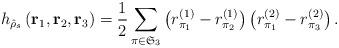
LaTeX: \begin{align*} h_{\hat{\rho}_s} \left(\mathbf{r}_1, \mathbf{r}_2, \mathbf{r}_3 \right) = \frac{1}{2} \sum_{\pi \in \mathfrak{S}_3} \left( r^{(1)}_{\pi_1} - r^{(1)}_{\pi_2} \right) \left( r^{(2)}_{\pi_1} - r^{(2)}_{\pi_3} \right). \end{align*}